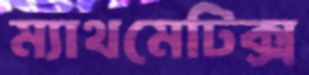
ম্যাথমেটিক্স